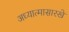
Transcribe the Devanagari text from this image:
अध्यात्मासारखे